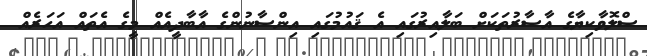
ސްލޮވާކިޔާގެ އާސާރުތަކަށް ބަލާއިރުގައި އެ ޤައުމުގައި އިންސާނުންގެ އާބާދީއެއް މީގެ އެތައް އަހަރެއް